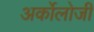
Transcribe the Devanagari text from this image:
अर्कोलोजी